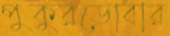
পুকুরডোবার